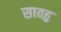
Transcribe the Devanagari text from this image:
सातहु